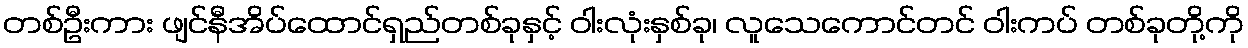
တစ်ဦးကား ဖျင်နီအိပ်ထောင်ရှည်တစ်ခုနှင့် ဝါးလုံးနှစ်ခု၊ လူသေကောင်တင် ဝါးကပ် တစ်ခုတို့ကို